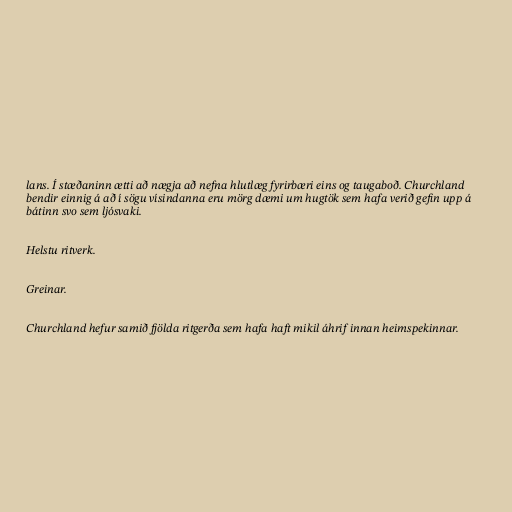
lans. Í stæðaninn ætti að nægja að nefna hlutlæg fyrirbæri eins og taugaboð. Churchland
bendir einnig á að í sögu vísindanna eru mörg dæmi um hugtök sem hafa verið gefin upp á
bátinn svo sem ljósvaki.

Helstu ritverk.

Greinar.

Churchland hefur samið fjölda ritgerða sem hafa haft mikil áhrif innan heimspekinnar.